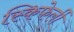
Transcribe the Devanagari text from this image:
स्किफेर्ली